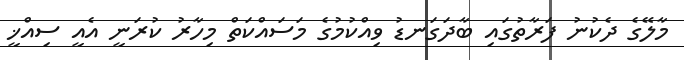
މާލޭގެ ދެކުނު ފަރާތުގައި ބާދަގަނޑު ވިއްކުމުގެ މަސައްކަތް މިހާރު ކުރަނީ އެއީ ސިއްޚީ